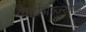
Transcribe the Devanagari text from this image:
कट्टीभञ्ज्याङ्ग